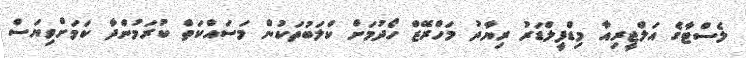
ލެސްޓާގެ އަލްޖީރިއާ މިޑްފީލްޑަރު ރިޔާދު މަހްރޭޒް ހޯދުމަށް ކްލަބުތަކުން މަސައްކަތް ކުރަމުންދާ ކަމަށްވިޔަސް